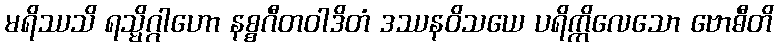
မရိဿသိ ရသ္မိဂ္ဂါဟော နစ္စဂီတဝါဒိတံ ဒဿနဝိသယေ ပရိက္ကိလေသော ဗောဓီတိ